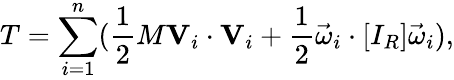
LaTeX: T=\sum_{i=1}^{n}({\frac{1}{2}}M\mathbf{V}_{i}\cdot\mathbf{V}_{i}+{\frac{1}{2}}{\vec{\omega}}_{i}\cdot[I_{R}]{\vec{\omega}}_{i}),